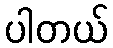
ပါတယ်